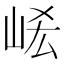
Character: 𡶱